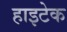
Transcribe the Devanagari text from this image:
हाइटेक